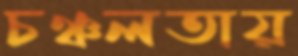
চঞ্চলতায়